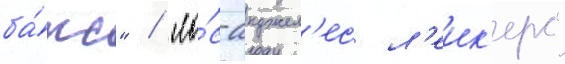
ба́кс" / "ло́с-анджел'ес л'еик'ерс"